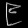
Digit: ၉